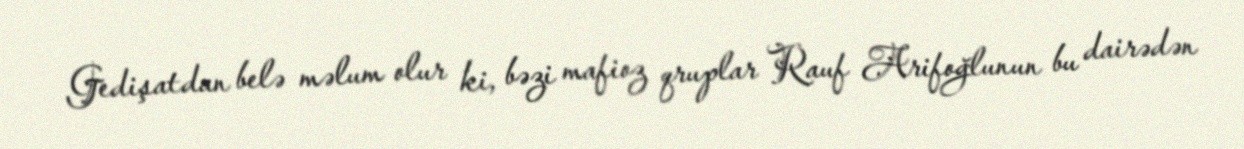
Gedişatdan belə məlum olur ki, bəzi mafioz qruplar Rauf Arifoğlunun bu dairədən